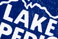
LAKE